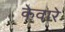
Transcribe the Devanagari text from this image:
केवारे